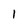
Character: l